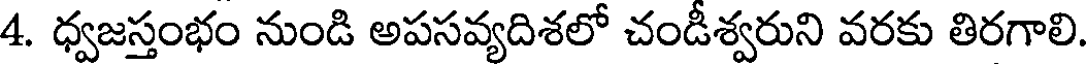
4. ధ్వజస్తంభం నుండి అపసవ్యదిశలో చండీశ్వరుని వరకు తిరగాలి.